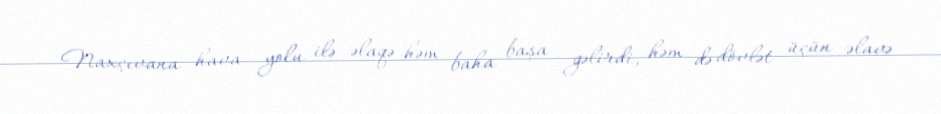
Naxçıvana hava yolu ilə əlaqə həm baha başa gəlirdi, həm də dövlət üçün əlavə